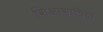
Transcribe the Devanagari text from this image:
शिक्षाशात्रियों